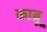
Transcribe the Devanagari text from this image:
काब्रू